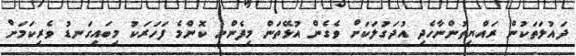
ދައުލަތަކުން ރައްޔިތުންނާހެދި އުދަގުލަކަށް ވެގެން އުޅޭތަން މިފެންނީ ކޮންމެ ފަހަރަކު މިބައިގަނޑު ވެރިކަމަށް